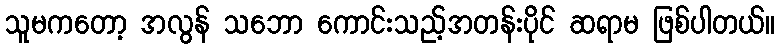
သူမကတော့ အလွန် သဘော ကောင်းသည့်အတန်းပိုင် ဆရာမ ဖြစ်ပါတယ်။